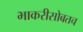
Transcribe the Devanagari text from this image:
भाकरीसोबतच